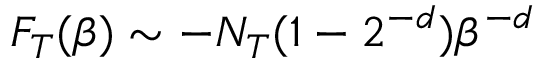
F _ { T } ( \beta ) \sim - N _ { T } ( 1 - 2 ^ { - d } ) \beta ^ { - d }